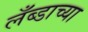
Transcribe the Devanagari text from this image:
लँब्डाच्या